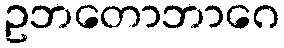
ဥဘတောဘာဂေ